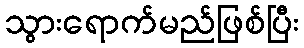
သွားရောက်မည်ဖြစ်ပြီး